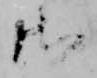
御